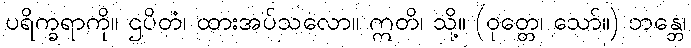
ပရိက္ခရာကို။ ဌပိတံ၊ ထားအပ်သလော။ ဣတိ၊ သို့။ (ဝုတ္တေ၊ သော်။) ဘန္တေ၊